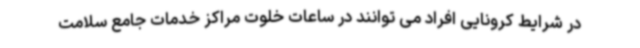
در شرایط کرونایی افراد می توانند در ساعات خلوت مراکز خدمات جامع سلامت